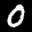
Label: 0